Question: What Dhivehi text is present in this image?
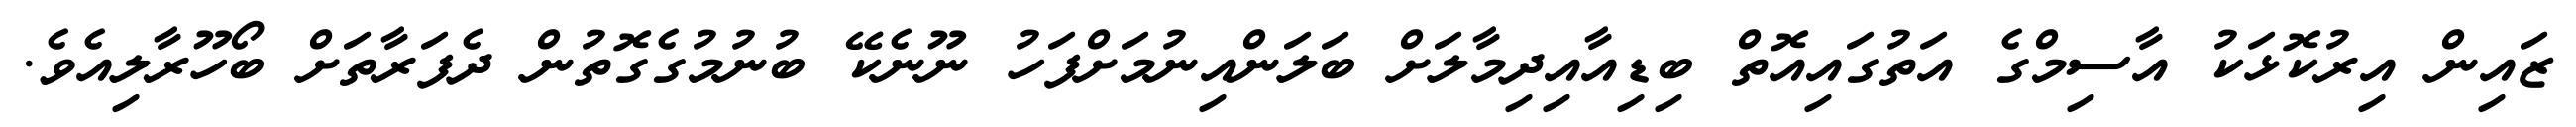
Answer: ޒައިން އިރުކޮޅަކު އާސިމްގެ އަތުގައިއޮތް ބިޑިއާއިދިމާލަށް ބަލަންއިނުމަށްފަހު ނޫނެކޭ ބުނުމުގެގޮތުން ދެފަރާތަށް ބޯހޫރާލިއެވެ.